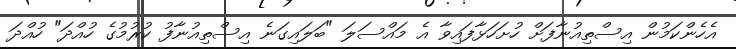
އެހެންކަމުން އިސްތިއުނާފަށް ހުށަހަޅާފައިވާ އެ މައްސަލަ "ބަލައިގަނެ އިސްތިއުނާފު ކުރުމުގެ ހުއްދަ" ހުއްދަ